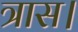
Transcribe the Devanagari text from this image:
त्रास।